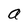
Character: a